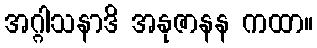
အဂ္ဂါသနာဒိ အနုဇာနန ကထာ။